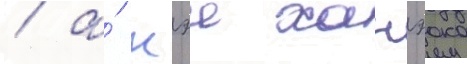
/ а́ кэи ханэока